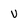
Character: v